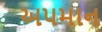
અપમાન